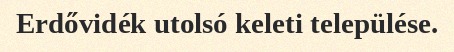
Erdővidék utolsó keleti települése.